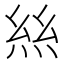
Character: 𢇁